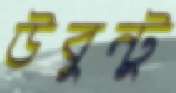
উবুন্টু